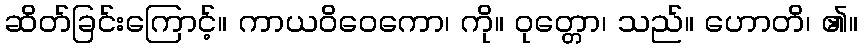
ဆိတ်ခြင်းကြောင့်။ ကာယဝိဝေကော၊ ကို။ ဝုတ္တော၊ သည်။ ဟောတိ၊ ၏။